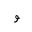
Letter: _waw